Civil Veterinary Department. Madras. Admin. report 1926-33 - 1926-1933
Year: 1926
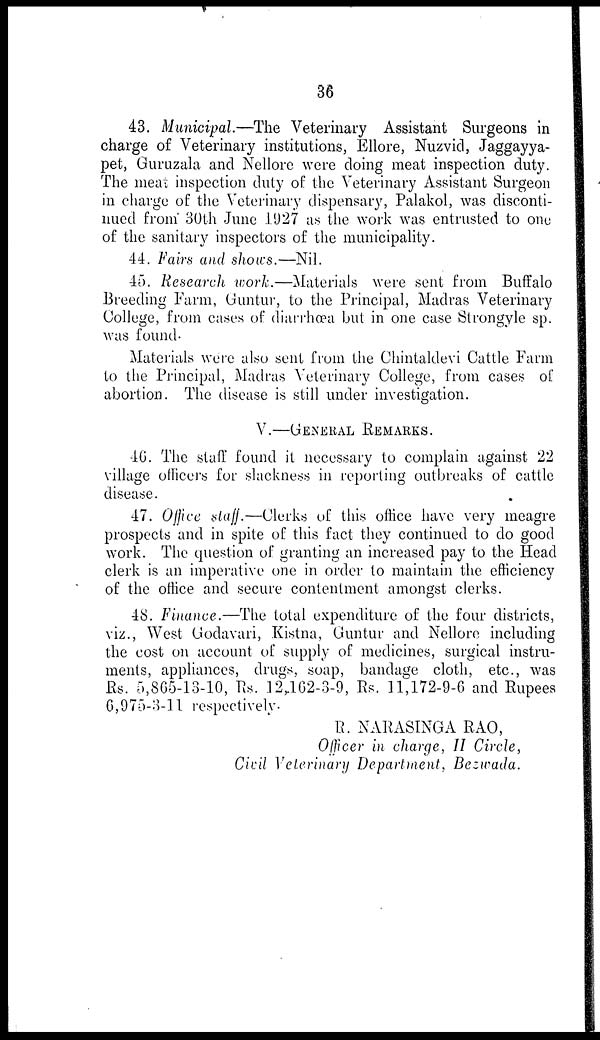
36
43. Municipal.—The Veterinary Assistant Surgeons in
charge of Veterinary institutions, Ellore, Nuzvid, Jaggayya-
pet, Guruzala and Nellore were doing meat inspection duty.
The meat inspection duty of the Veterinary Assistant Surgeon
in charge of the Veterinary dispensary, Palakol, was disconti-
nued from 30th June 1927 as the work was entrusted to one
of the sanitary inspectors of the municipality.
44. Fairs and shows.—Nil.
45. Research work.—Materials were sent from Buffalo
Breeding Farm, Guntur, to the Principal, Madras Veterinary
College, from cases of diarrhæa but in one case Strongyle sp.
was found.
Materials were also sent from the Chintaldevi Cattle Farm
to the Principal, Madras Veterinary College, from cases of
abortion. The disease is still under investigation.
V.—GENERAL REMARKS.
46. The staff found it necessary to complain against 22
village officers for slackness in reporting outbreaks of cattle
disease.
47. Office staff.—Clerks of this office have very meagre
prospects and in spite of this fact they continued to do good
work. The question of granting an increased pay to the Head
clerk is an imperative one in order to maintain the efficiency
of the office and secure contentment amongst clerks.
48. Finance.—The total expenditure of the four districts,
viz., West Godavari, Kistna, Guntur and Nellore including
the cost on account of supply of medicines, surgical instru-
ments, appliances, drugs, soap, bandage cloth, etc., was
Rs. 5,865-13-10, Rs. 12,102-3-9, Rs. 11,172-9-6 and Rupees
6,975-3-11 respectively.
R. NARASINGA RAO,
Officer in charge, II Circle,
Civil Veterinary Department, Bezwada.